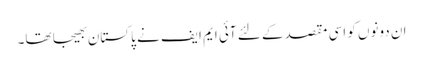
ان دونوں کو اسی مقصد کے لئے آئی ایم ایف نے پاکستان بھیجا تھا۔